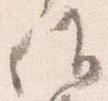
候